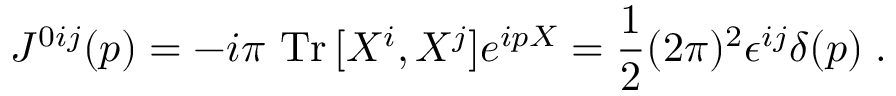
J ^ { 0 i j } ( p ) = - i \pi ~ \mathrm { T r } \, [ X ^ { i } , X ^ { j } ] e ^ { i p X } = \frac { 1 } { 2 } ( 2 \pi ) ^ { 2 } \epsilon ^ { i j } \delta ( p ) \; .